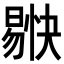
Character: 𭧚